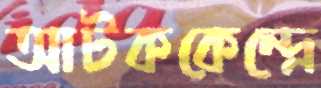
আটককেন্দ্রে